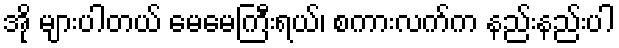
အို များပါတယ် မေမေကြီးရယ်၊ စကားလက်က နည်းနည်းပါ